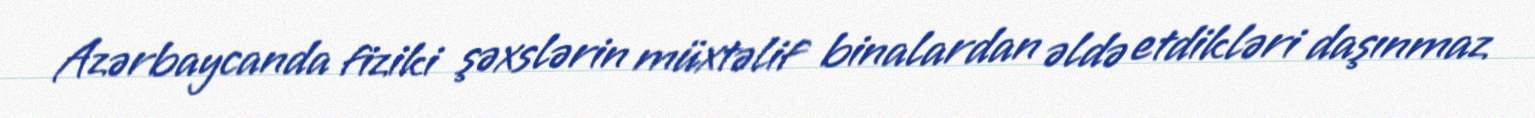
Azərbaycanda fiziki şəxslərin müxtəlif binalardan əldə etdikləri daşınmaz